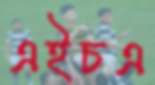
এইচএ